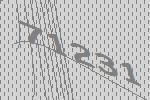
71231